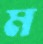
ম